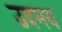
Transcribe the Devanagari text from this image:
उदमय